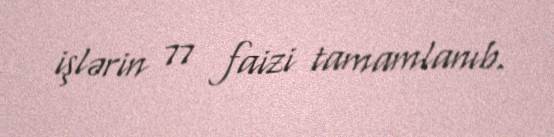
işlərin 77 faizi tamamlanıb.